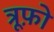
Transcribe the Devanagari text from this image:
त्रूफ़ो